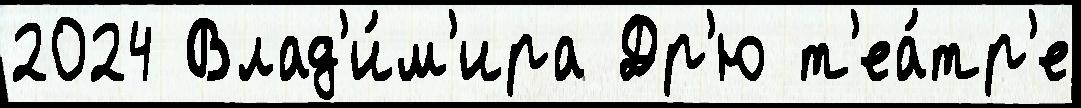
2024 Влад'и́м'ира Др'ю т'еа́тр'е